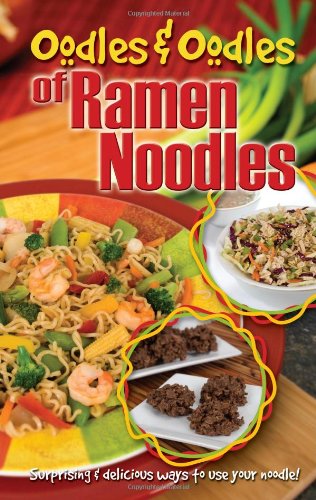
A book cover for Oodles & Oodles of Ramen Noodles; CQ Products; Cookbooks, Food & Wine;